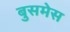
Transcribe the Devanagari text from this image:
बुसमेस